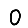
Digit: 0